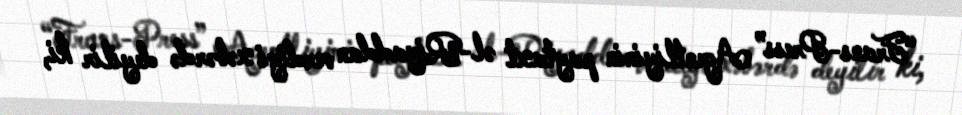
“Frans-Press” Agentliyinin paytaxt əl-Riyaddan verdiyi xəbərdə deyilir ki,